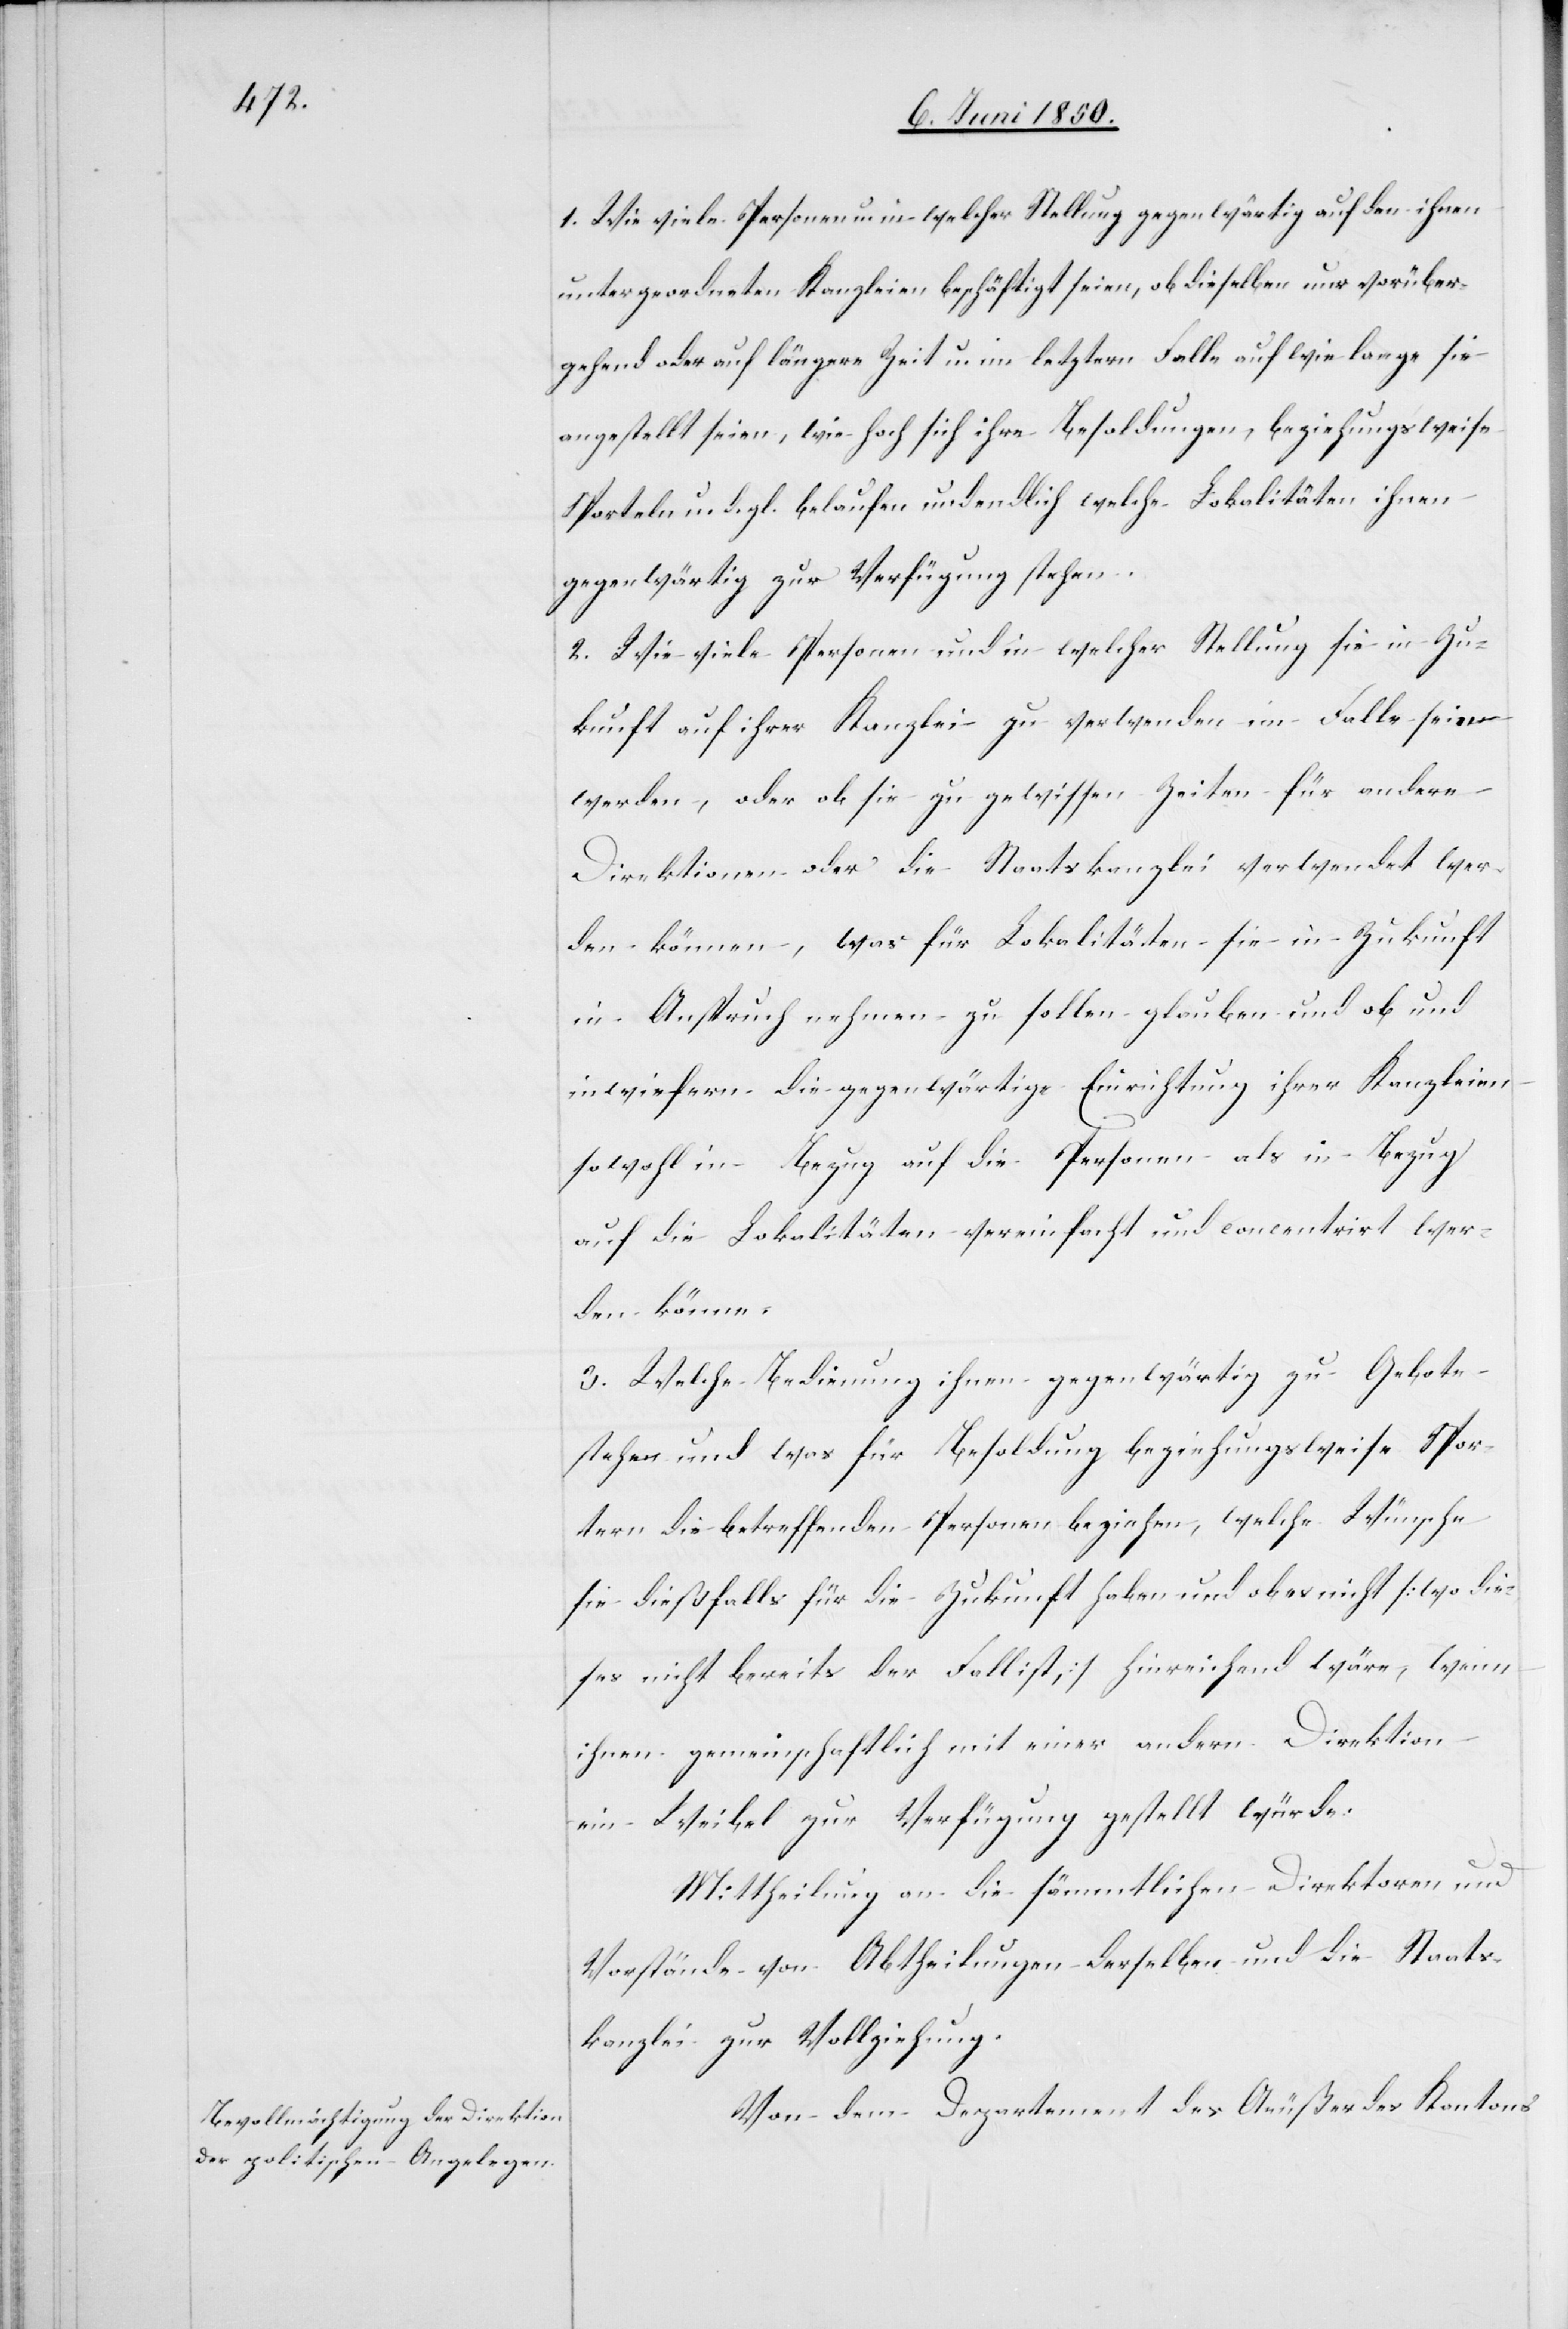
Spor¬

1. Wie viele Personen u. in welcher Stellung gegenwärtig auf den ihnen
untergeordneten Kanzleien beschäftigt seien, ob dieselben nur vorüber¬
gehend oder auf längere Zeit u. im letztern Falle auf wie lange sie
angestellt seien, wie hoch sich ihre Besoldungen, beziehungsweise
Sporteln u. d. gl. belaufen und endlich welche Lokalitäten ihnen
gegenwärtig zur Verfügung stehen.
2. Wie viele Personen und in welcher Stellung sie in Zu¬
kunft auf ihrer Kanzlei zu verwenden im Falle sein
werden, oder ob sie zu gewissen Zeiten für andere
Direktionen oder die Staatskanzlei verwendet wer¬
den können, was für Lokalitäten sie in Zukunft
in Anspruch nehmen zu sollen glauben und ob und
inwiefern die gegenwärtige Einrichtung ihrer Kanzleien
sowohl in Bezug auf die Personen als in Bezug
auf die Lokalitäten vereinfacht und concentrirt wer¬
den können.
3. Welche Bedienung ihnen gegenwärtig zu Gebote
stehen und was für Besoldung beziehungsweise Sportern
teln] die betreffenden Personen beziehen, welche Wünsche
sie dießfalls für die Zukunft haben und ob es nicht [wo die¬
ses nicht bereits der Fall ist] hinreichend wäre, wenn
ihnen gemeinschaftlich mit einer andern Direktion
ein Weibel zur Verfügung gestellt würde.
Mittheilung an die sämmtlichen Direktoren und
Vorstände von Abtheilungen derselben und die Staats¬
kanzlei zur Vollziehung.
Von dem Departement des Aeußer[n] des Kantons